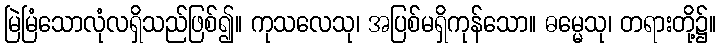
မြဲမြံသောလုံလရှိသည်ဖြစ်၍။ ကုသလေသု၊ အပြစ်မရှိကုန်သော။ ဓမ္မေသု၊ တရားတို့၌။